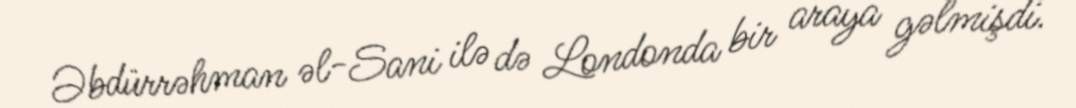
Əbdürrəhman əl-Sani ilə də Londonda bir araya gəlmişdi.